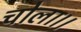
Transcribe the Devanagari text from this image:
चोला।।